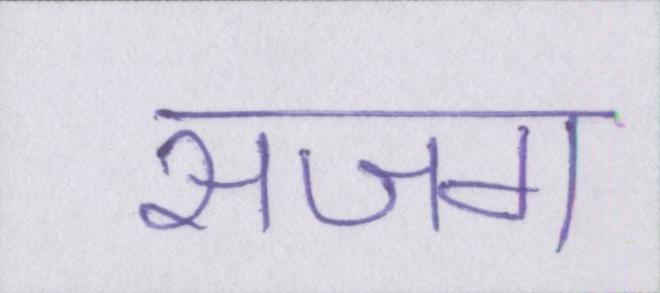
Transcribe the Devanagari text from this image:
सजग